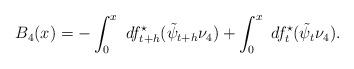
LaTeX: \begin{align*}B_4(x)&=-\int_{0}^{x} \ df_{t+h}^\star ( \tilde{\psi}_{t+h} \nu_4) + \int_{0}^{x} \ df_{t}^\star (\tilde{\psi}_t \nu_4).\end{align*}